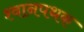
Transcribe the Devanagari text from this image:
श्वानपथक